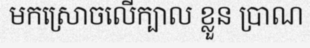
មកស្រោចលើក្បាល ខ្លួន ប្រាណ